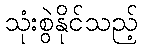
သုံးစွဲနိုင်သည့်